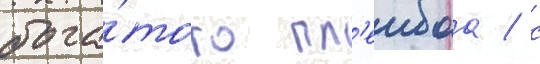
бога́того пл'еибоа / с